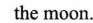
the moon.